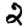
Digit: 2